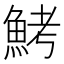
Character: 鮳